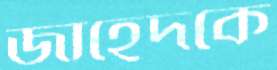
জাহেদকে